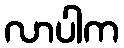
လာပါက